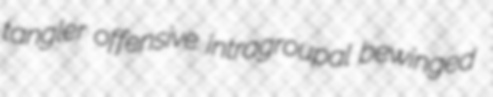
tangler offensive intragroupal bewinged